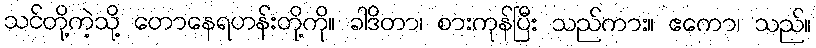
သင်တို့ကဲ့သို့ တောနေရဟန်းတို့ကို။ ခါဒိတာ၊ စားကုန်ပြီး သည်ကား။ ဧကော၊ သည်။